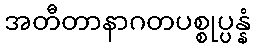
အတီတာနာဂတပစ္စုပ္ပန္နံ